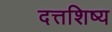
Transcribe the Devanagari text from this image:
दत्तशिष्य